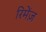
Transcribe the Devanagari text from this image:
रिमेंज़